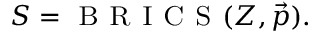
S = \textsc { B R I C S } ( Z , \vec { p } ) .